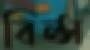
বিল্স